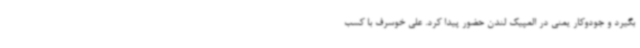
بگیرد و جودوکار یمنی در المپیک لندن حضور پیدا کرد. علی خوسرف با کسب